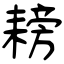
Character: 耪